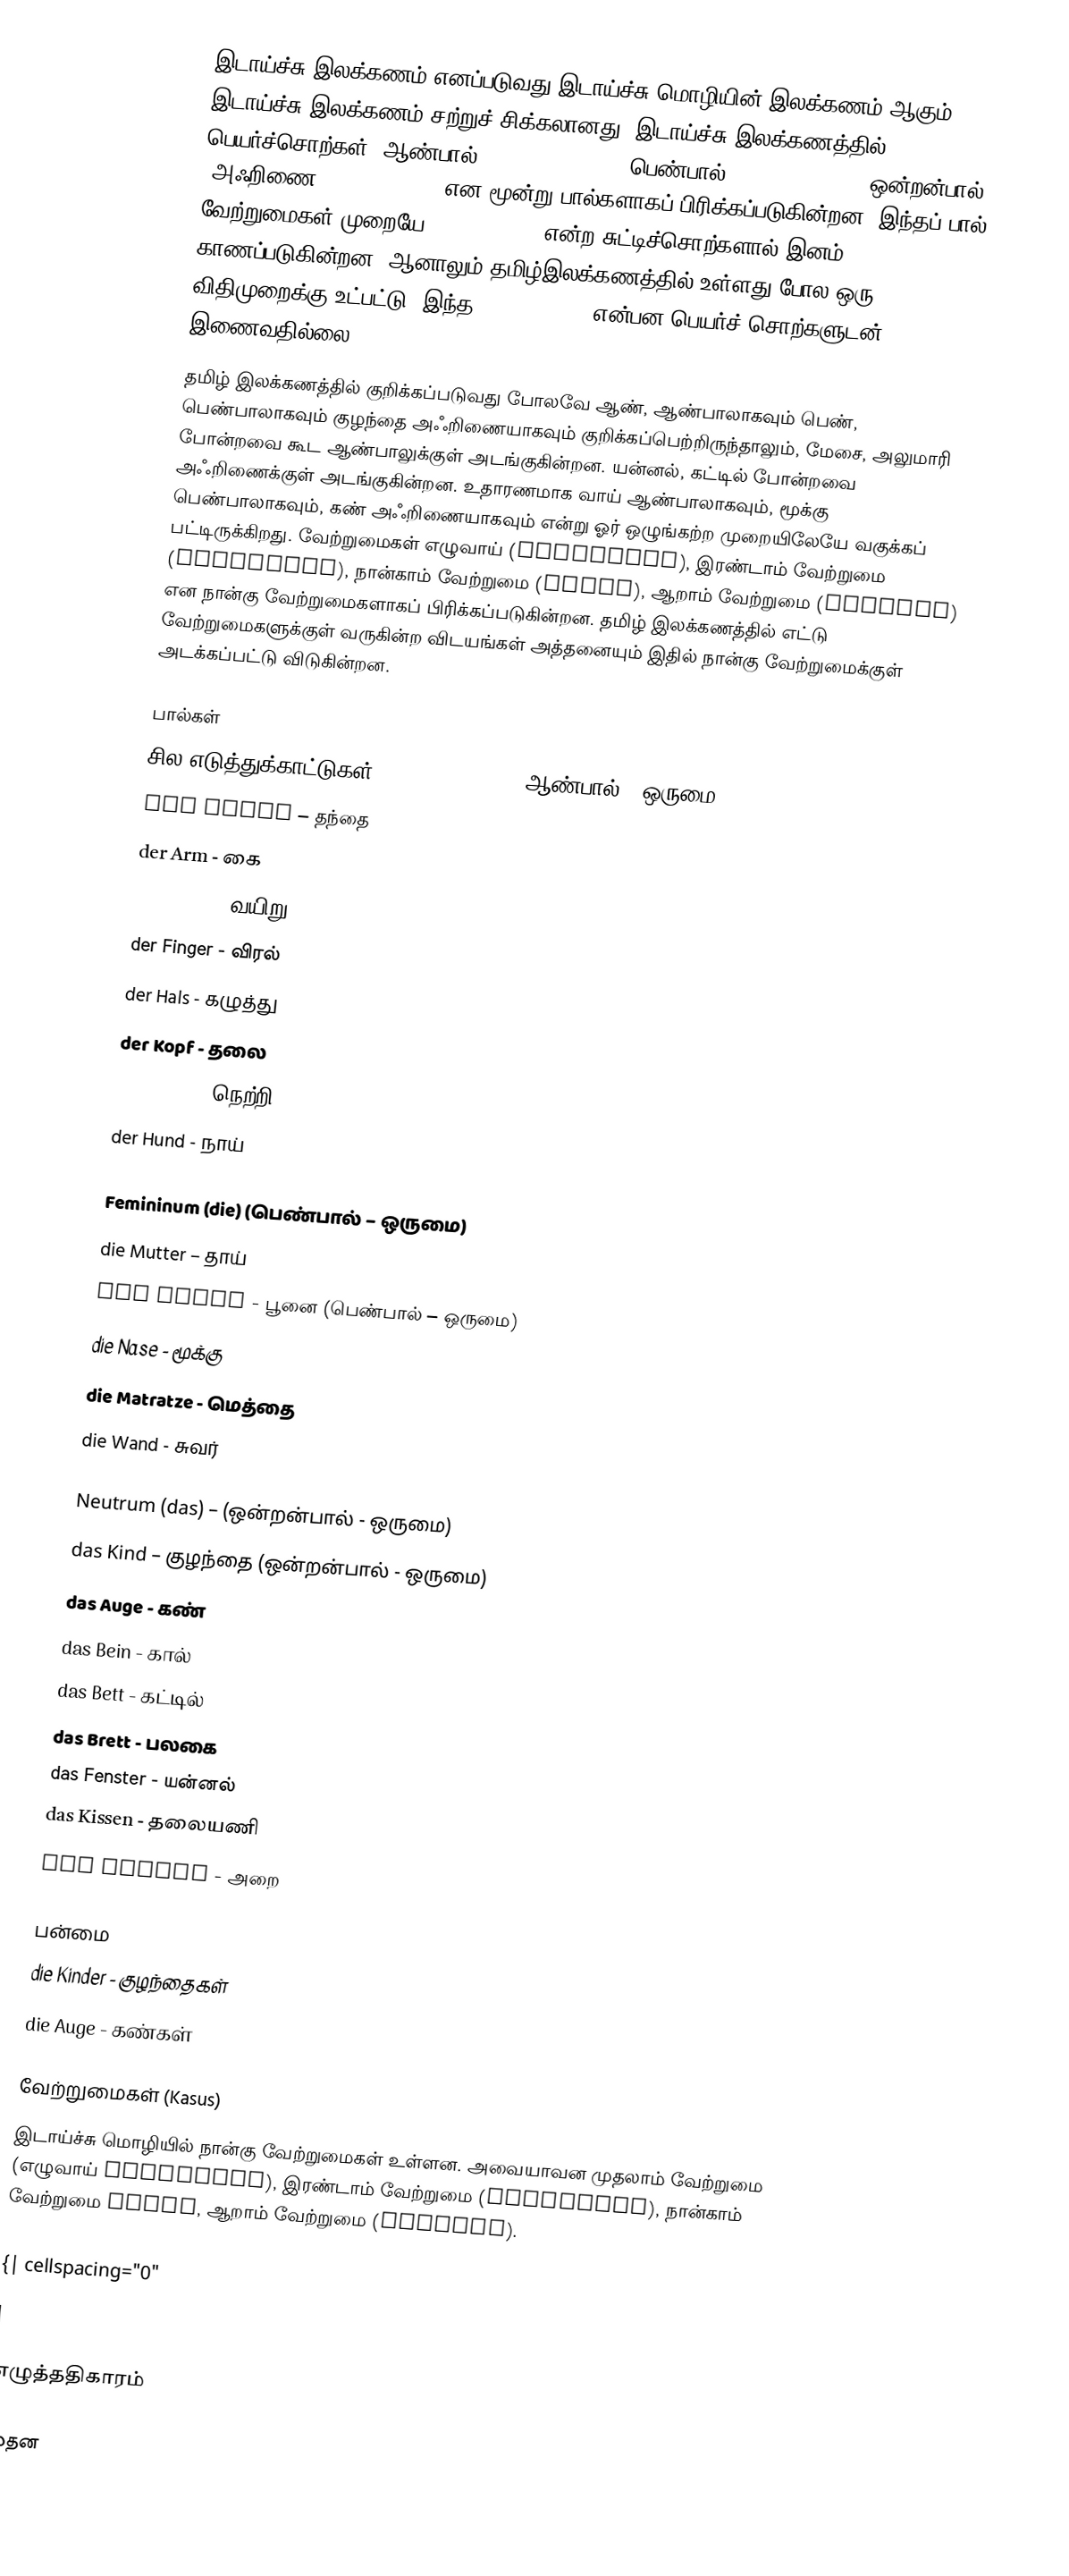
இடாய்ச்சு இலக்கணம் எனப்படுவது இடாய்ச்சு மொழியின் இலக்கணம் ஆகும். இடாய்ச்சு இலக்கணம் சற்றுச் சிக்கலானது. இடாய்ச்சு இலக்கணத்தில் பெயர்ச்சொற்கள், ஆண்பால் Maskulinum (der), பெண்பால் Femininum (die), ஒன்றன்பால், (அஃறிணை) Neutrum (das) என மூன்று பால்களாகப் பிரிக்கப்படுகின்றன. இந்தப் பால் வேற்றுமைகள் முறையே der, die, das என்ற சுட்டிச்சொற்களால் இனம் காணப்படுகின்றன. ஆனாலும் தமிழ்இலக்கணத்தில் உள்ளது போல ஒரு விதிமுறைக்கு உட்பட்டு, இந்த der, die, das என்பன பெயர்ச் சொற்களுடன் இணைவதில்லை.
தமிழ் இலக்கணத்தில் குறிக்கப்படுவது போலவே ஆண், ஆண்பாலாகவும் பெண், பெண்பாலாகவும் குழந்தை அஃறிணையாகவும் குறிக்கப்பெற்றிருந்தாலும், மேசை, அலுமாரி போன்றவை கூட ஆண்பாலுக்குள் அடங்குகின்றன. யன்னல், கட்டில் போன்றவை அஃறிணைக்குள் அடங்குகின்றன. உதாரணமாக வாய் ஆண்பாலாகவும், மூக்கு பெண்பாலாகவும், கண் அஃறிணையாகவும் என்று ஓர் ஒழுங்கற்ற முறையிலேயே வகுக்கப் பட்டிருக்கிறது. வேற்றுமைகள் எழுவாய் (Nominativ), இரண்டாம் வேற்றுமை (Akkusativ), நான்காம் வேற்றுமை (Dativ), ஆறாம் வேற்றுமை (Genitiv) என நான்கு வேற்றுமைகளாகப் பிரிக்கப்படுகின்றன. தமிழ் இலக்கணத்தில் எட்டு வேற்றுமைகளுக்குள் வருகின்ற விடயங்கள் அத்தனையும் இதில் நான்கு வேற்றுமைக்குள் அடக்கப்பட்டு விடுகின்றன.

பால்கள்
சில எடுத்துக்காட்டுகள் Maskulinum (der) (ஆண்பால் – ஒருமை)
 der Vater – தந்தை
 der Arm - கை
 der Bauch - வயிறு
 der Finger - விரல்
 der Hals - கழுத்து
 der Kopf - தலை
 der Stern - நெற்றி
 der Hund - நாய்

Femininum (die) (பெண்பால் – ஒருமை)
 die Mutter – தாய்
 die Katze - பூனை (பெண்பால் – ஒருமை)
 die Nase - மூக்கு
 die Matratze - மெத்தை
 die Wand - சுவர்

Neutrum (das) – (ஒன்றன்பால் - ஒருமை)
 das Kind – குழந்தை (ஒன்றன்பால் - ஒருமை)
 das Auge - கண்
 das Bein - கால்
 das Bett - கட்டில்
 das Brett - பலகை
 das Fenster - யன்னல்
 das Kissen - தலையணி
 das Zimmer - அறை

பன்மை
 die Kinder - குழந்தைகள்
 die Auge - கண்கள்

வேற்றுமைகள் (Kasus)
இடாய்ச்சு மொழியில் நான்கு வேற்றுமைகள் உள்ளன. அவையாவன முதலாம் வேற்றுமை (எழுவாய் Nominativ), இரண்டாம் வேற்றுமை (Akkusativ), நான்காம் வேற்றுமை Dativ, ஆறாம் வேற்றுமை (Genitiv).

{| cellspacing="0"
|

எழுத்ததிகாரம்

முதன